Annual report of the Punjab Veterinary College and of the Civil Veterinary Department, Punjab - 1926-1932
Year: 1926
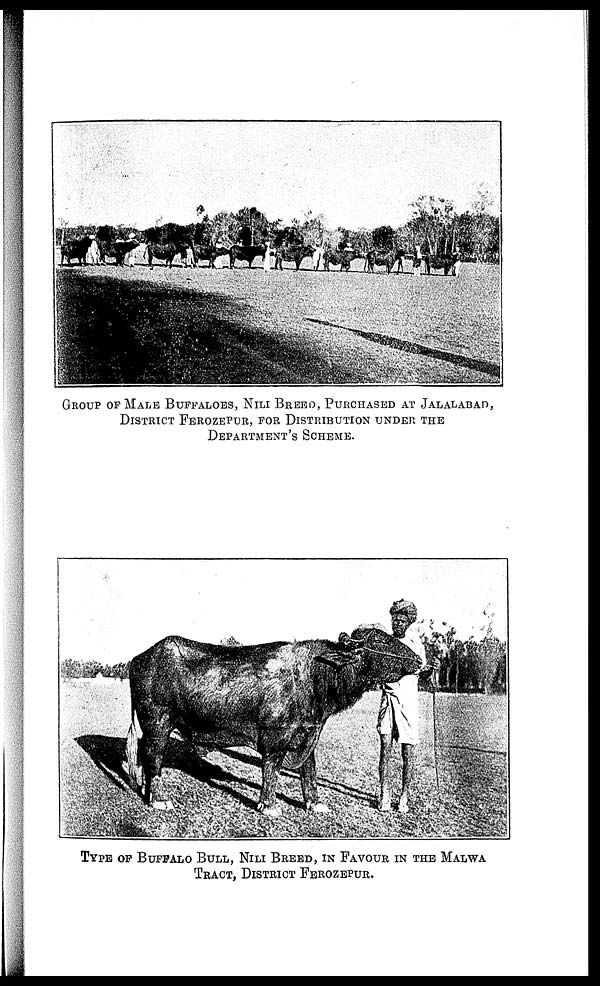
GROUP OF MALE BUFFALOES, NILI BREED, PURCHASED AT JALALABAD,
DISTRICT FEROZEPUR, FOR DISTRIBUTION UNDER THE
DEPARTMENT'S SCHEME.
TYPE OF BUFFALO BULL, NILI BREED, IN FAVOR IN THE MALWA
TRACT, DISTRICT FEROZEPUR.